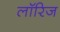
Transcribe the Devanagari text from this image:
लॉरिज